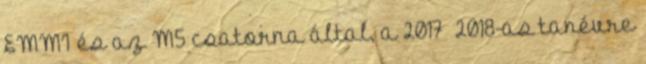
EMMI és az M5 csatorna által, a 2017 2018-as tanévre